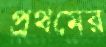
প্রথমের